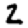
Digit: 2